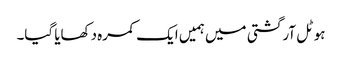
ہوٹل آرگشتی میں ہمیں ایک کمرہ دکھایا گیا۔